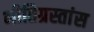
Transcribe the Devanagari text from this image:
भीतिग्रस्तांस